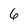
Character: 6